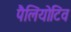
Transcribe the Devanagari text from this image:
पैलियोटिव